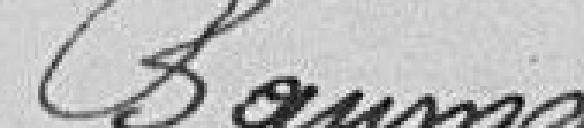
Baumann